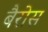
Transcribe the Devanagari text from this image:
बैरोस